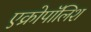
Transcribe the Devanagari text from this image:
एक्रोपॉलिश